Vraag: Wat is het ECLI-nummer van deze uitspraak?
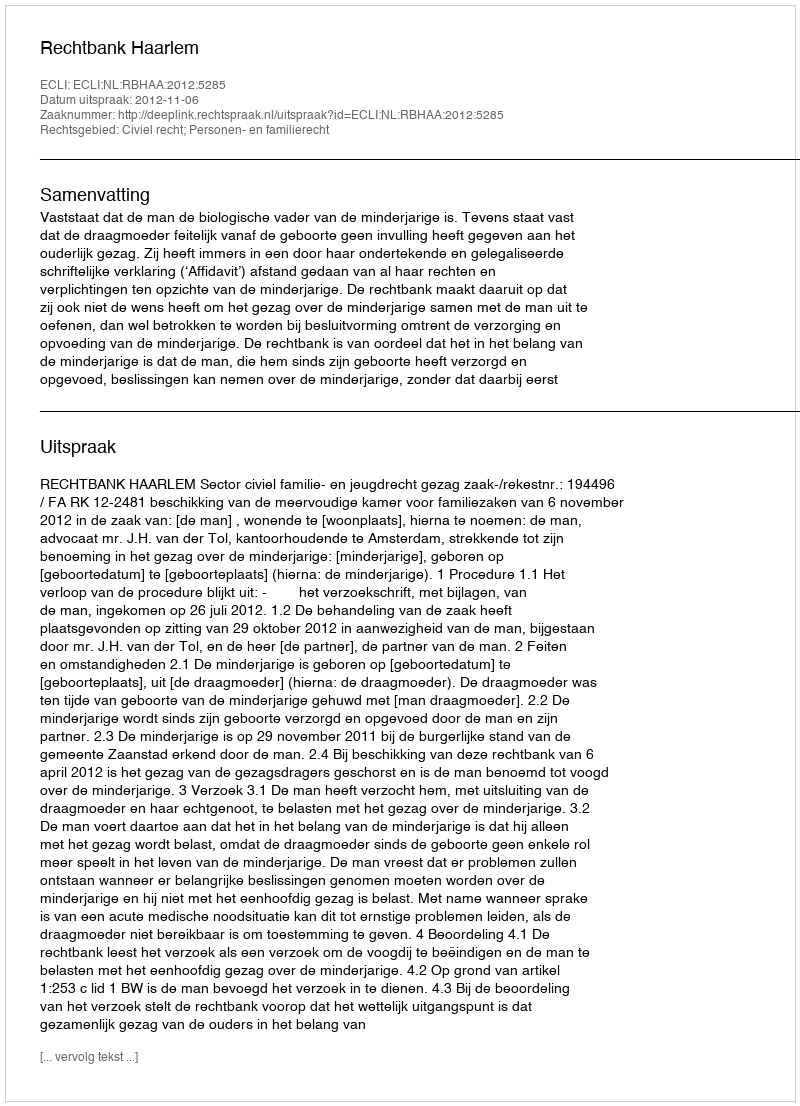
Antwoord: ECLI:NL:RBHAA:2012:5285